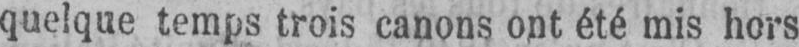
quelque temps trois canons ont été mis hors